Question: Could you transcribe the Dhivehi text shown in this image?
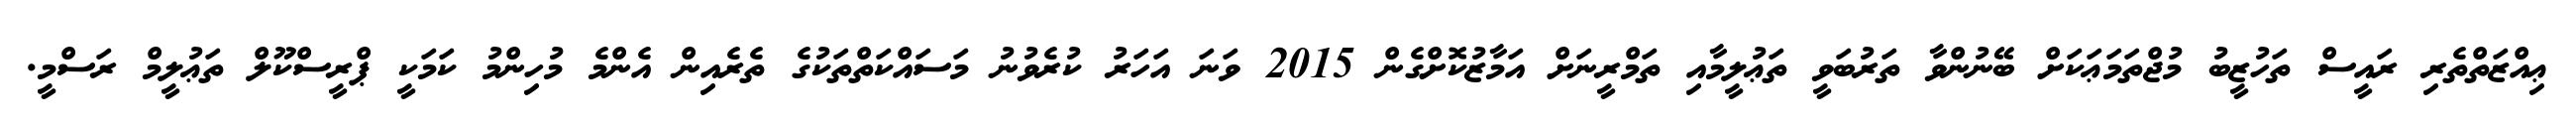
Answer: ޢިއްޒަތްތެރި ރައީސް ތަހުޒީބު މުޖްތަމަޢަކަށް ބޭނުންވާ ތަރުބަވީ ތަޢުލީމާއި ތަމްރީނަށް އަމާޒުކޮށްގެން 2015 ވަނަ އަހަރު ކުރެވުނު މަސައްކަތްތަކުގެ ތެރެއިން އެންމެ މުހިންމު ކަމަކީ ޕްރީސްކޫލް ތަޢުލީމް ރަސްމީ.